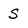
Character: S